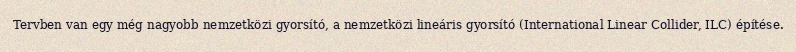
Tervben van egy még nagyobb nemzetközi gyorsító, a nemzetközi lineáris gyorsító (International Linear Collider, ILC) építése.